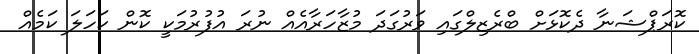
ކޮރަޕްޝަނާ ދެކޮޅަށް ބްރެޒިލްގައި ވަރުގަދަ މުޒާހަރާއެއް ނުރަ އުފުރުމަކީ ކޮން ކަހަލަ ކަމެއް